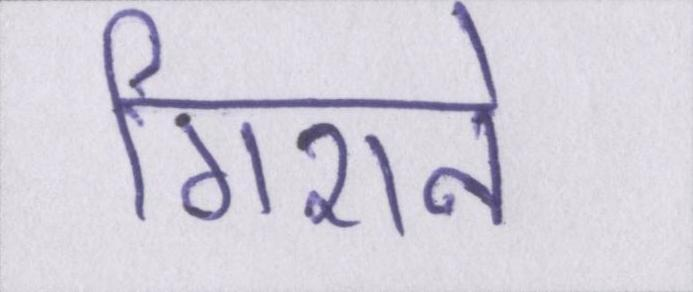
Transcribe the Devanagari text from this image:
गिराने